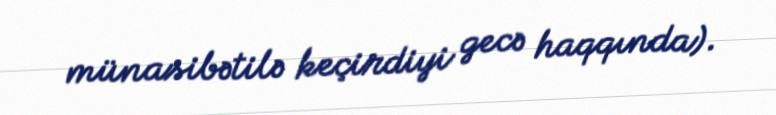
münasibətilə keçirdiyi gecə haqqında).